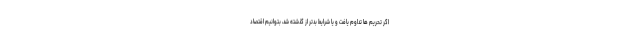
اگر تحریم ها تداوم یافت و یا شرایط بدتر از گذشته شد، بتوانیم اقتصاد